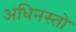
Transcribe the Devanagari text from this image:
अधिनस्तो